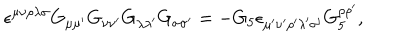
LaTeX: \epsilon ^ { \mu \nu \rho \lambda \sigma } G _ { \mu \mu ^ { \prime } } G _ { \nu \nu ^ { \prime } } G _ { \lambda \lambda ^ { \prime } } G _ { \sigma \sigma ^ { \prime } } = - G _ { 5 } \epsilon _ { \mu ^ { \prime } \nu ^ { \prime } \rho ^ { \prime } \lambda ^ { \prime } \sigma ^ { \prime } } G _ { 5 } ^ { \rho \rho ^ { \prime } } ,